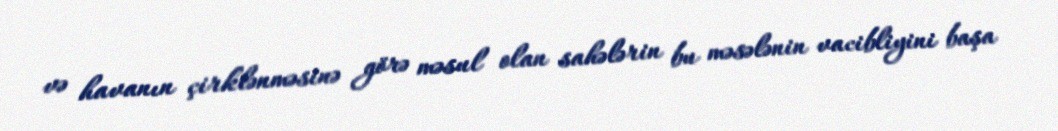
və havanın çirklənməsinə görə məsul olan sahələrin bu məsələnin vacibliyini başa